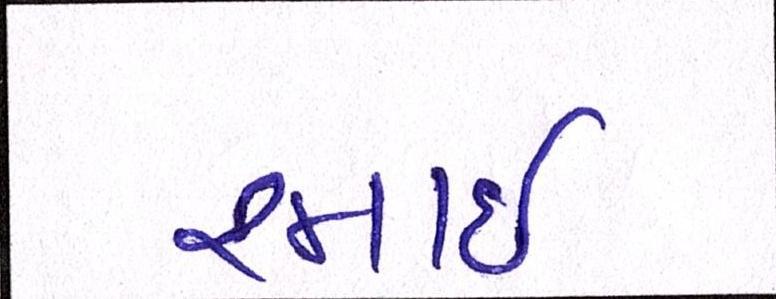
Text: રમાઈ